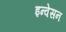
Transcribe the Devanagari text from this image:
इन्वेसन